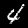
Digit: 4